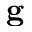
\mathbf { g }